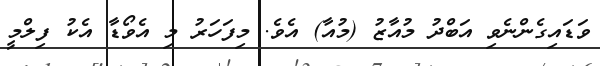
ވަޑައިގެންނެވި އަބްދު މުއާޒު (މުއާ) އެވެ. މިފަހަރު މި އެވޯޑާ އެކު ފިލްމީ